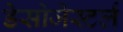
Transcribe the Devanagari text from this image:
डेसोजेस्टर्ल